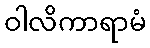
ဝါလိကာရာမံ